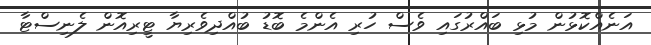
އަނެއްކޮޅުން މުޅި ބައްރުގައި ވެސް ހުރި އެންމެ ބޮޑު ބުއްދިވެރިޔާ ޓީރިއޮން ލެނިސްޓާ